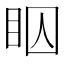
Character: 𬑋